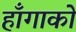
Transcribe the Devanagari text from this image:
हाँगाको